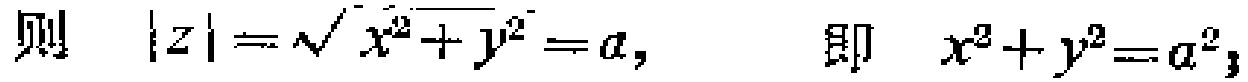
则 \(\vert z\vert=\sqrt{x^{2}+y^{2}} = a,\) 即 \(x^{2}+y^{2}=a^{2},\)